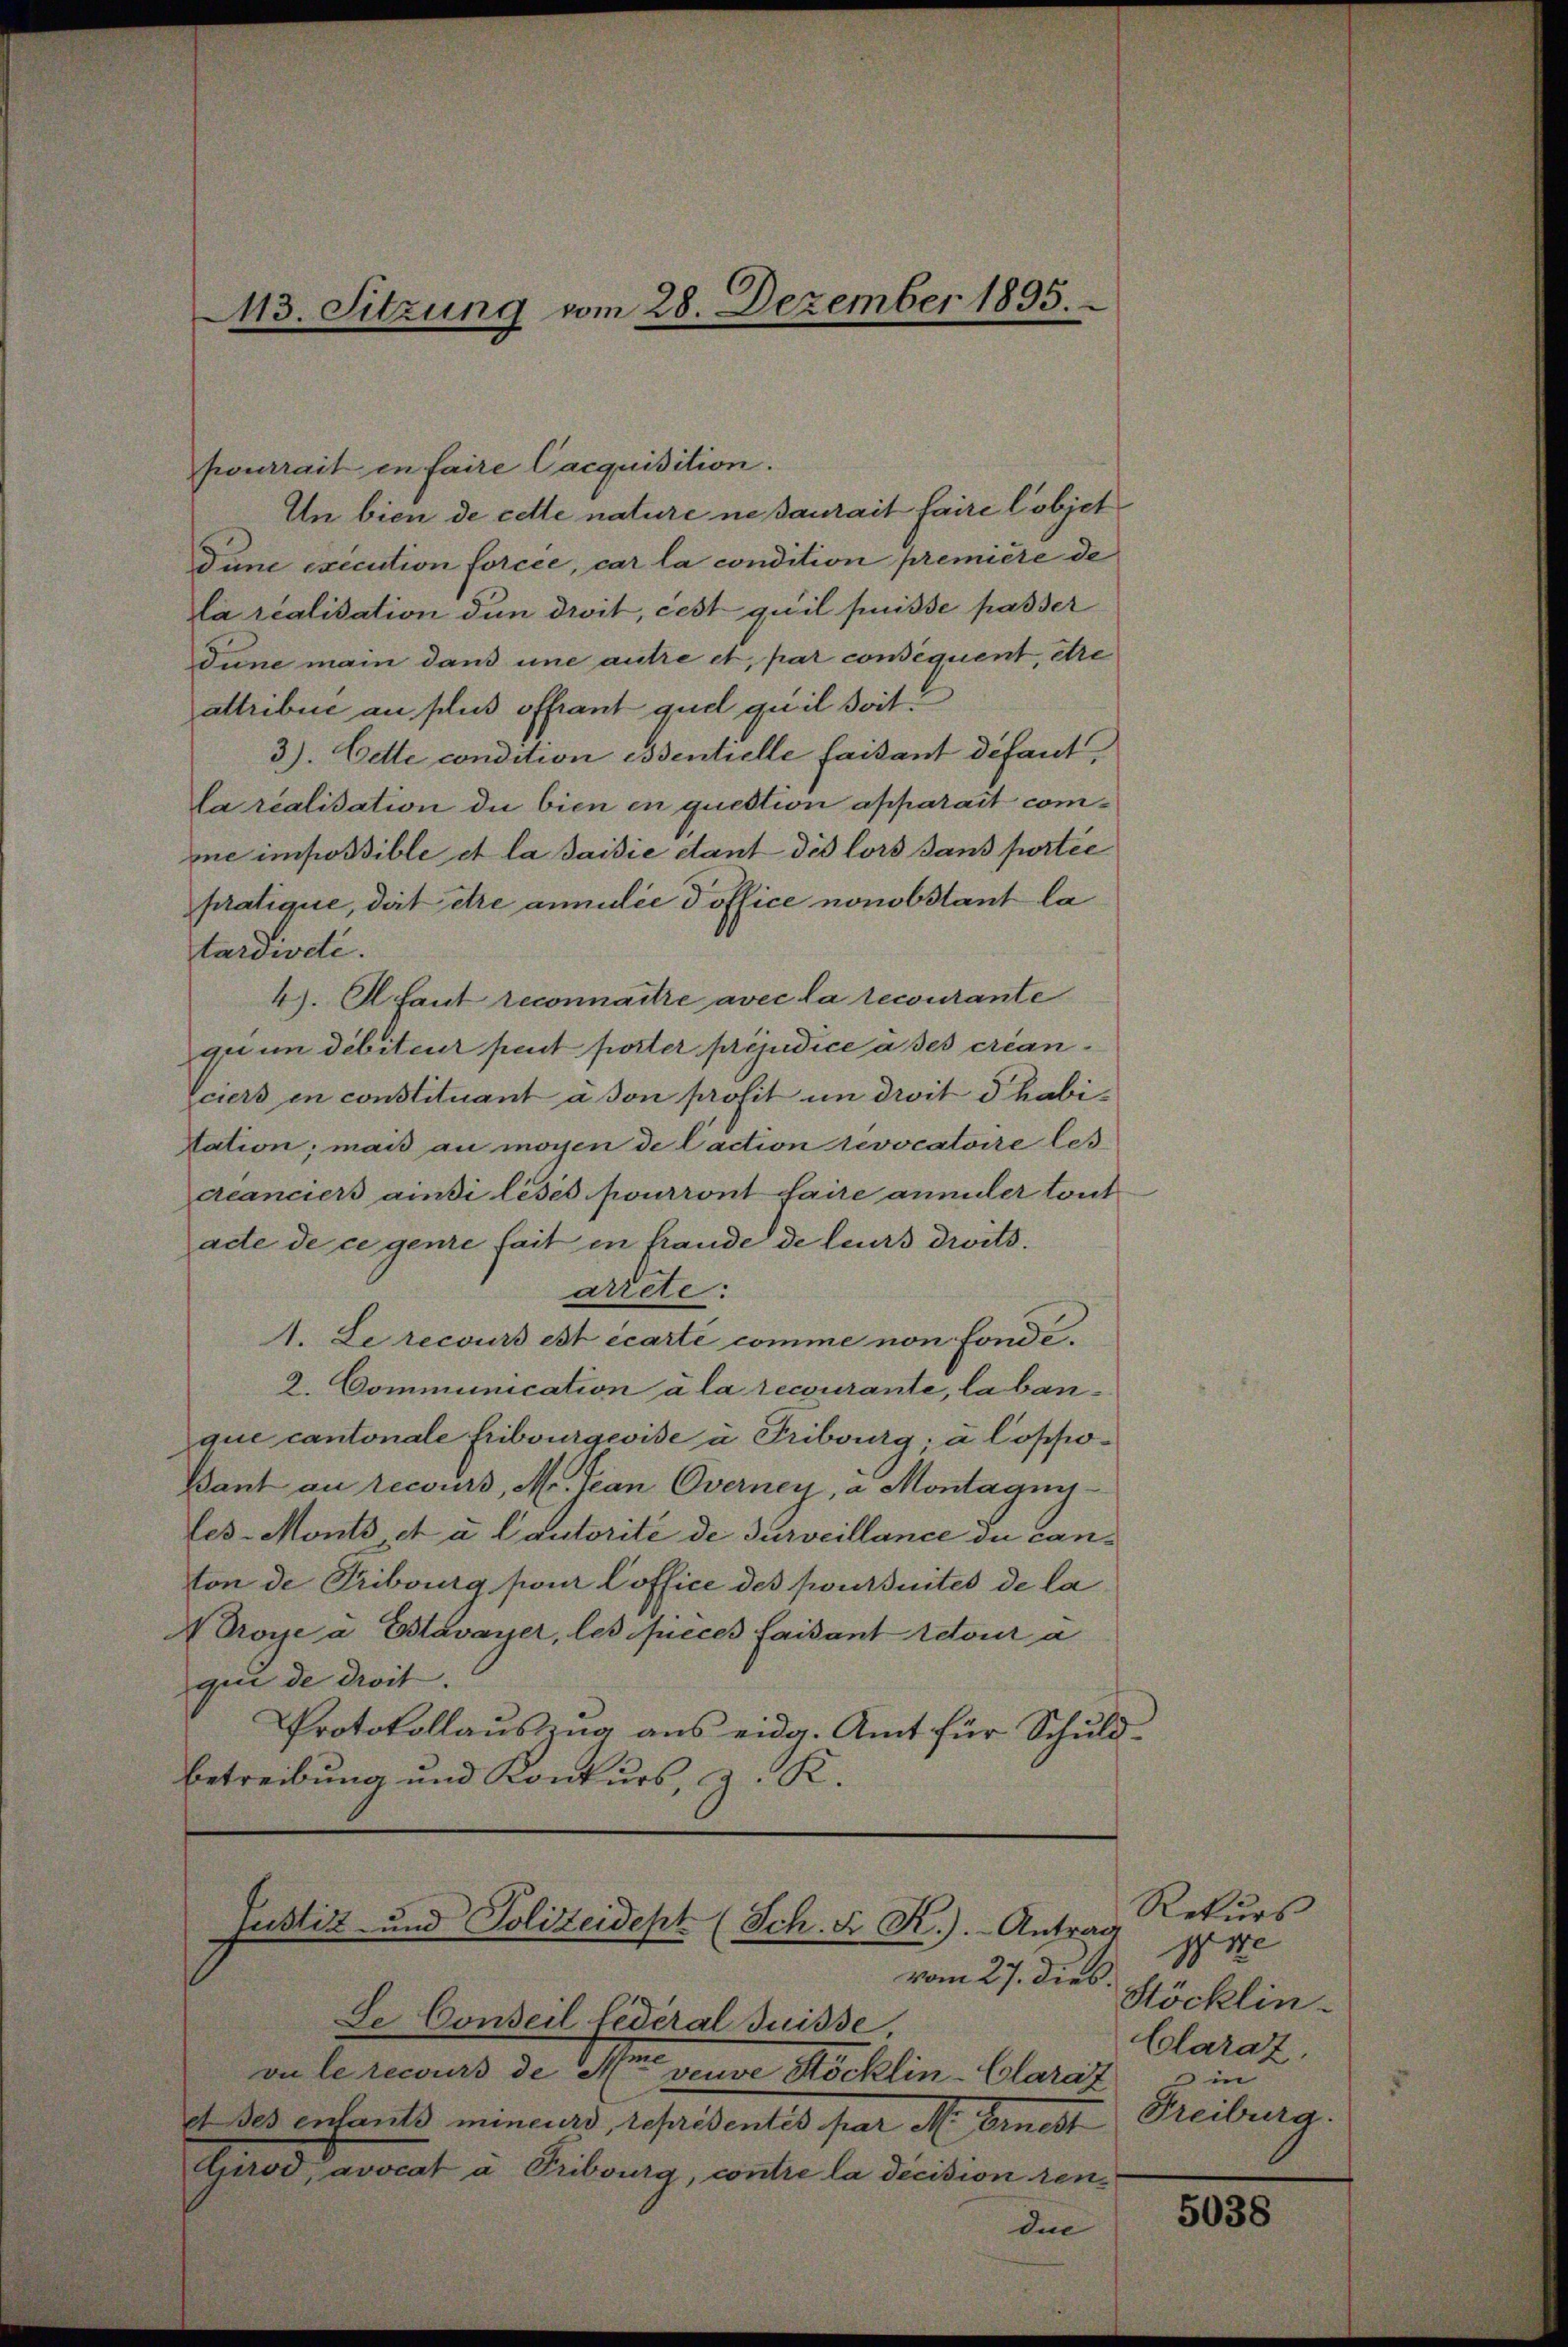
43. Sitzung vom 28. Dezember 1895.

pourrait en faire Cacquisition.
An bien de cette nature neßaurait faire l’objet
Dune execution forcée, car la condition première de
da realisation den droit, cest qu’il puisse passer
dune main dans une antre et, par consequent, etre
attribué au plus offiant quel quil soit
3). Cette condition essentielle faisant défaut,
Carealisation die bien en question apparait come impossible et la saisie stant die lors sans portie
pratique, dat ettre anmilie Toffice nonobstant la
tardiode.
4). Al faut reconnaitre avec la recourante
qu um debiteur peut porter préjudice asses créan
Vciers en constituant à son profit in droit d’habi¬
Nation; mais au moyen de Caction revocatoire les
ccanciers ansi leses pourront faire annuler tout
acte de ce genie fait in frande de leurs droits.
arrete:
A. Le recours est écarte comme non fonde.
2. Communication à la recourante, la banque cantonale Fribourgeoise u Tribourg; à losho¬
Bant au recours, Mr. Jean Overney, a Montagunles-Monts et u. Cautorité de surveillance du canton de Tribourg pour loffice des poursuites de la
N Droye a. Estavayer, les pieces faisant retour a
gen de droit.
Protokollauszug aus eidg. Amt für Schuldbetreibung und Konkurs, z. R.

Justiz und Polizeidept (Sch. Fr. K.). Antrag

vom 27. dies.
Le Conseil lederal Suisse
vu le recours de Meer veuve Stöcklin-Claraz
dt. des enfants mencurs, referidentes par M. bernest
Girod, avocat a Tribourg, contre la décision rendie

Rekurs
pre
Stöcklin.
Claraz.
in
Freiburg.

5038